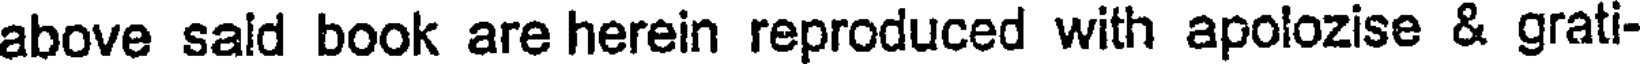
above sald book are herein reproduced with apolozise & grati-